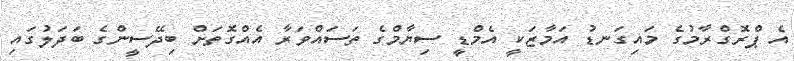
އެ ޕްރޮގްރާމުގެ މައިގަނޑު އަމާޒަކީ އެމްޑީ ސިޔާމްގެ ތަސައްވަރާ އެއްގޮތަށް ބިދޭސީންގެ ބަދަލުގައި